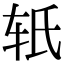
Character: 𬨂